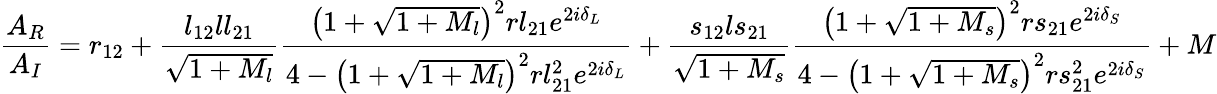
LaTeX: \frac{A_{R}}{A_{I}}=r_{12}+\frac{l_{12}ll_{21}}{\sqrt{1+M_{l}}}\frac{\left(1+\sqrt{1+M_{l}}\right)^{2}rl_{21}e^{2i\delta_{L}}}{4-\left(1+\sqrt{1+M_{l}}\right)^{2}rl_{21}^{2}e^{2i\delta_{L}}}+\frac{s_{12}ls_{21}}{\sqrt{1+M_{s}}}\frac{\left(1+\sqrt{1+M_{s}}\right)^{2}rs_{21}e^{2i\delta_{S}}}{4-\left(1+\sqrt{1+M_{s}}\right)^{2}rs_{21}^{2}e^{2i\delta_{S}}}+M